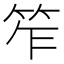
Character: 笮